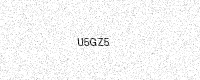
Text: U5GZ5